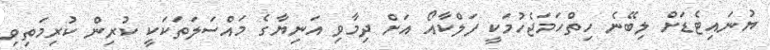
ޔުނައިޓެޑަށް ލިބޭނެ ހިތްހަމަޖެހުމަކީ ފަލްކާއޯ އަށް ދިމާވި އަނިޔާގެ މައްސަލަތަކަކީ ކުރިން ކުރިމަތިވި